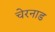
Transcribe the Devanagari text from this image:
चेरनाड